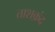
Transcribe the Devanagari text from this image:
ताशक़ंद